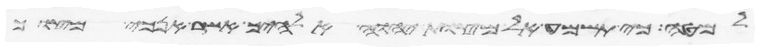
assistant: למטה כי תשמע אל מצות יהוה אלהיך אשר אנכי מצוך